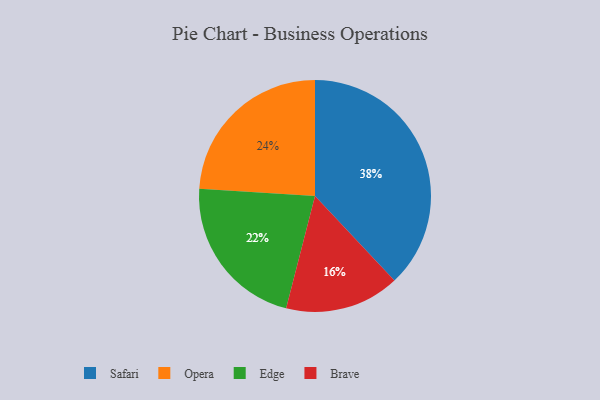
{"axis": {"x": "Category", "y": "Percentage"}, "legend": ["Brave", "Edge", "Opera", "Safari"], "data": [{"x": "Safari", "y": 38, "type": "Safari"}, {"x": "Brave", "y": 16, "type": "Brave"}, {"x": "Opera", "y": 24, "type": "Opera"}, {"x": "Edge", "y": 22, "type": "Edge"}]}